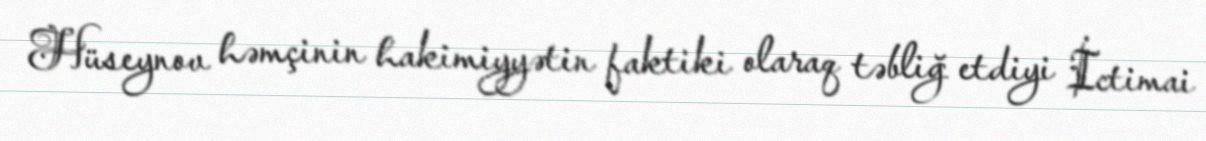
Hüseynov həmçinin hakimiyyətin faktiki olaraq təbliğ etdiyi İctimai